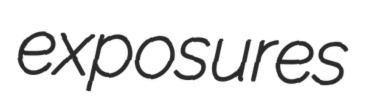
exposures